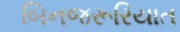
બિનજરૂરિયાત